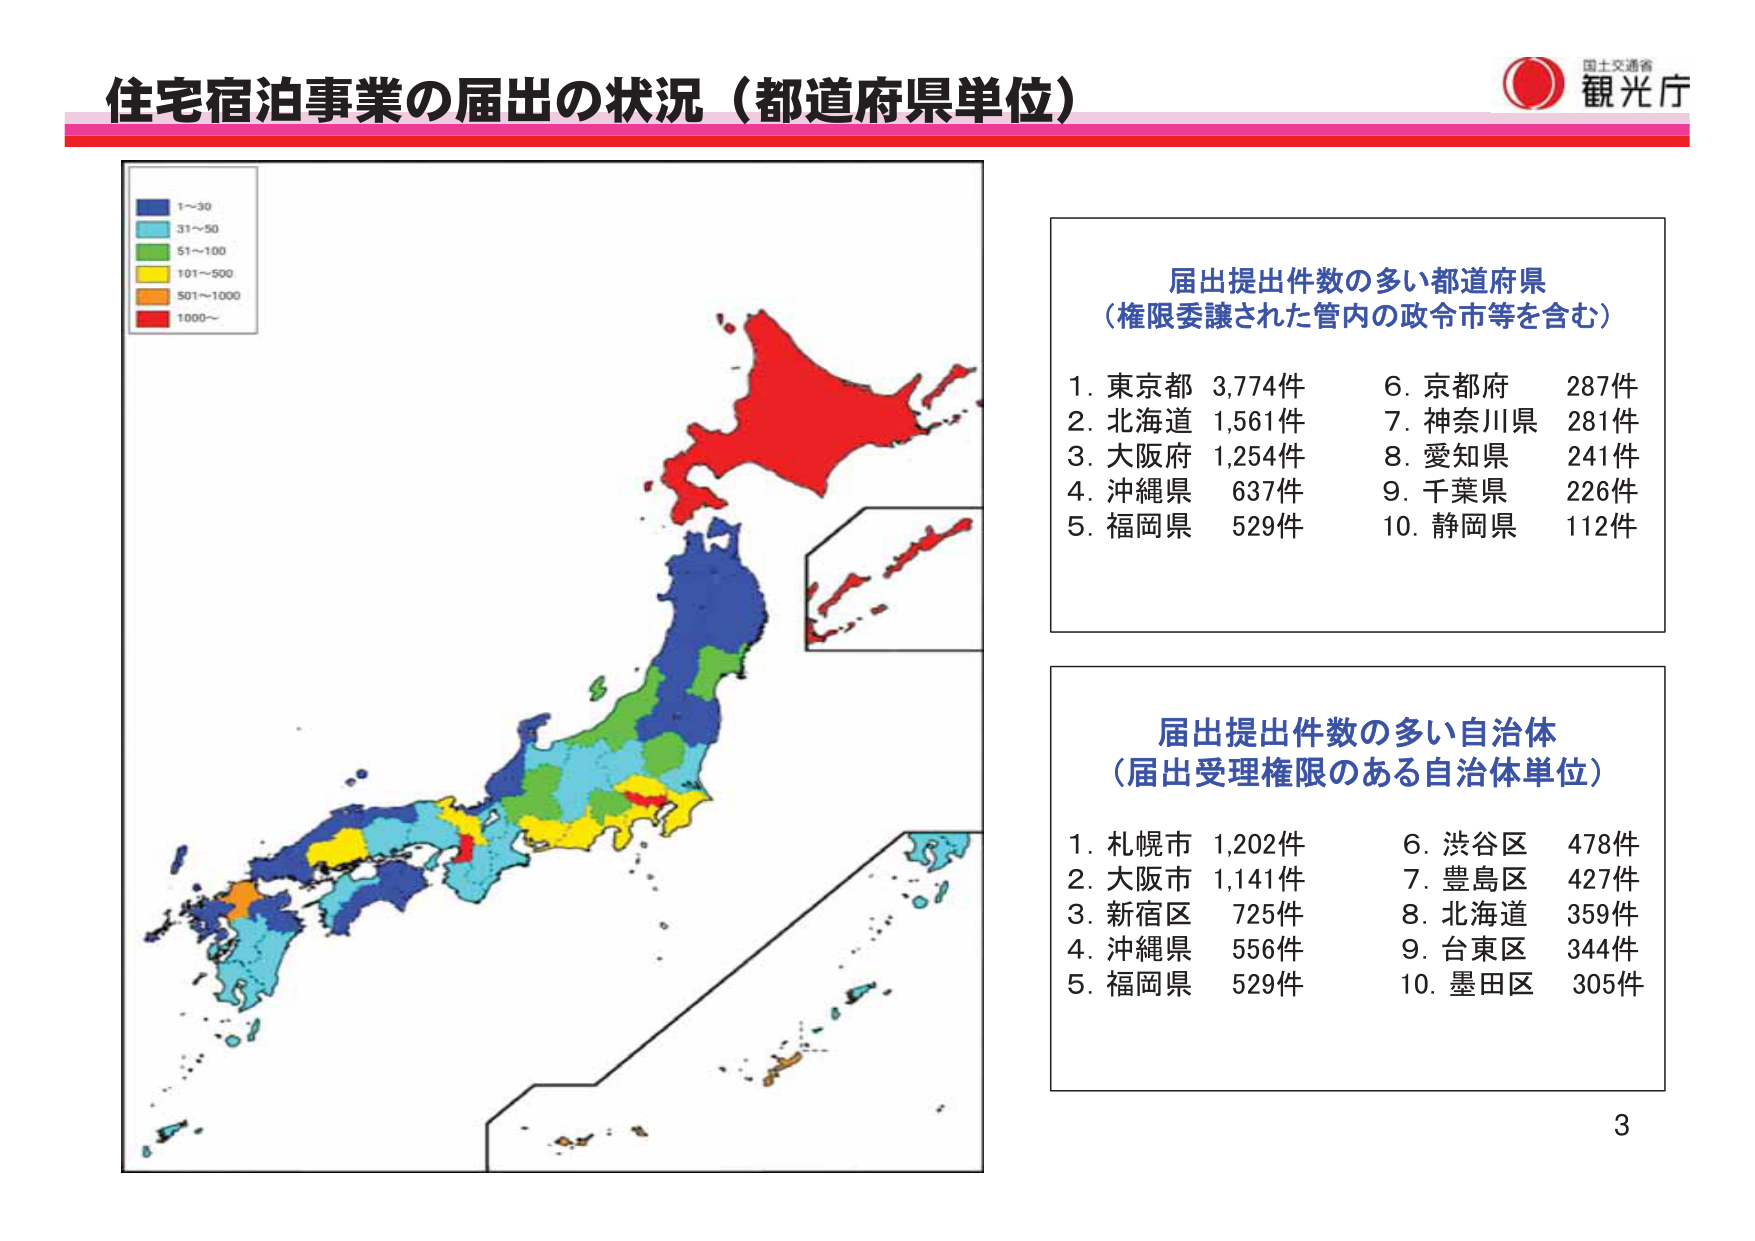
住宅宿泊事業の届出の状況（都道府県単位）

国士交通省
観光庁

1～30
31～50
51～100
101～500
501～1000
1000～

届出提出件数の多い都道府県
（権限委譲された管内の政令市等を含む）

1. 東京都 3,774件
2. 北海道 1,561件
3. 大阪府 1,254件
4. 沖縄県 637件
5. 福岡県 529件
6. 京都府 287件
7. 神奈川県 281件
8. 愛知県 241件
9. 千葉県 226件
10. 静岡県 112件

届出提出件数の多い自治体
（届出受理権限のある自治体単位）

1. 札幌市 1,202件
2. 大阪市 1,141件
3. 新宿区 725件
4. 沖縄県 556件
5. 福岡県 529件
6. 渋谷区 478件
7. 豊島区 427件
8. 北海道 359件
9. 台東区 344件
10. 墨田区 305件

3